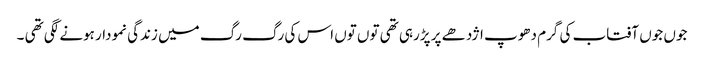
جوں جوں آفتاب کی گرم دھوپ اژدھے پر پڑرہی تھی توں توں اس کی رگ رگ میں زندگی نمودار ہونے لگی تھی ۔